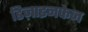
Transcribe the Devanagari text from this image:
डिज़ाइनफेज